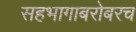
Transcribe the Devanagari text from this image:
सहभागाबरोबरच